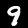
Label: 9